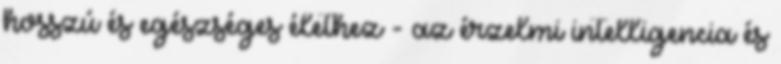
hosszú és egészséges élethez - az érzelmi intelligencia és